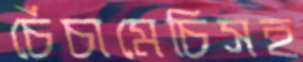
চেঁচামেচিসহ